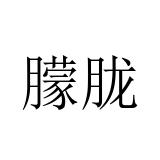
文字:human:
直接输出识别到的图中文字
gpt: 朦胧